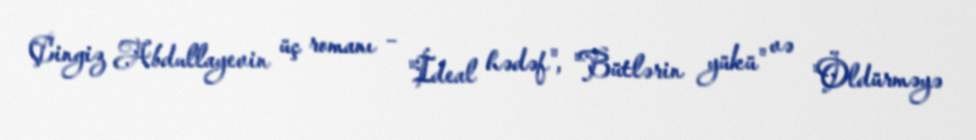
Çingiz Abdullayevin üç romanı – "İdeal hədəf", "Bütlərin yükü" və "Öldürməyə